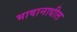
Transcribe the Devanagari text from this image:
भाषानाधील